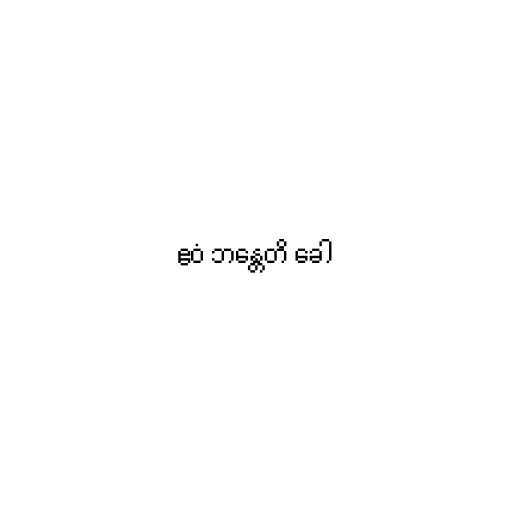
ဧဝံ ဘန္တေတိ ခေါ